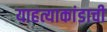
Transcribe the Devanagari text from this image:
याहत्याकांडाची